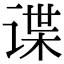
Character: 谍